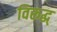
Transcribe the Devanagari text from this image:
विरूद्ध्